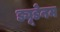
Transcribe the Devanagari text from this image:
ड्यूडेनम